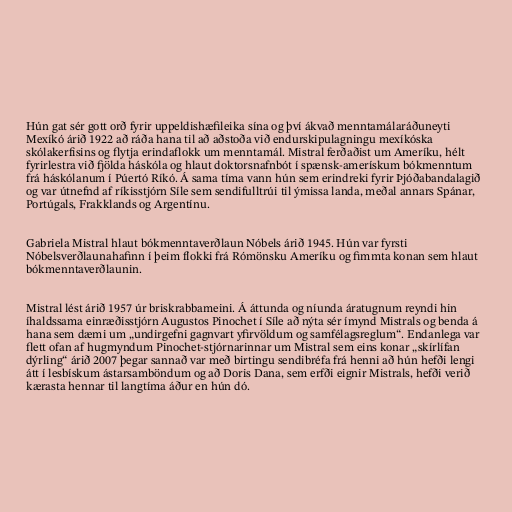
Hún gat sér gott orð fyrir uppeldishæfileika sína og því ákvað menntamálaráðuneyti
Mexíkó árið 1922 að ráða hana til að aðstoða við endurskipulagningu mexíkóska
skólakerfisins og flytja erindaflokk um menntamál. Mistral ferðaðist um Ameríku, hélt
fyrirlestra við fjölda háskóla og hlaut doktorsnafnbót í spænsk-amerískum bókmenntum
frá háskólanum í Púertó Ríkó. Á sama tíma vann hún sem erindreki fyrir Þjóðabandalagið
og var útnefnd af ríkisstjórn Síle sem sendifulltrúi til ýmissa landa, meðal annars Spánar,
Portúgals, Frakklands og Argentínu.

Gabriela Mistral hlaut bókmenntaverðlaun Nóbels árið 1945. Hún var fyrsti
Nóbelsverðlaunahafinn í þeim flokki frá Rómönsku Ameríku og fimmta konan sem hlaut
bókmenntaverðlaunin.

Mistral lést árið 1957 úr briskrabbameini. Á áttunda og níunda áratugnum reyndi hin
íhaldssama einræðisstjórn Augustos Pinochet í Síle að nýta sér ímynd Mistrals og benda á
hana sem dæmi um „undirgefni gagnvart yfirvöldum og samfélagsreglum“. Endanlega var
flett ofan af hugmyndum Pinochet-stjórnarinnar um Mistral sem eins konar „skírlífan
dýrling“ árið 2007 þegar sannað var með birtingu sendibréfa frá henni að hún hefði lengi
átt í lesbískum ástarsamböndum og að Doris Dana, sem erfði eignir Mistrals, hefði verið
kærasta hennar til langtíma áður en hún dó.